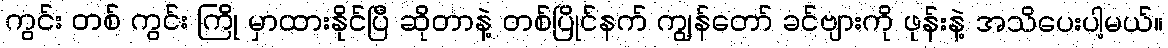
ကွင်း တစ် ကွင်း ကြို မှာထားနိုင်ပြီ ဆိုတာနဲ့ တစ်ပြိုင်နက် ကျွန်တော် ခင်ဗျားကို ဖုန်းနဲ့ အသိပေးပါ့မယ်။